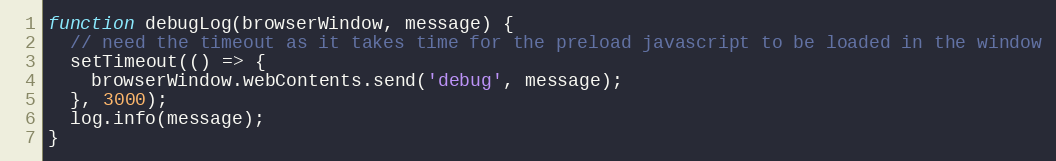
Language: JavaScript
function debugLog(browserWindow, message) {
  // need the timeout as it takes time for the preload javascript to be loaded in the window
  setTimeout(() => {
    browserWindow.webContents.send('debug', message);
  }, 3000);
  log.info(message);
}